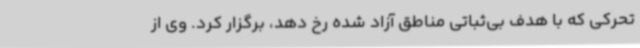
تحرکی که با هدف بی‌ثباتی مناطق آزاد شده رخ دهد، برگزار کرد. وی از